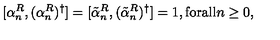
[ \alpha _ { n } ^ { R } , ( \alpha _ { n } ^ { R } ) ^ { \dag } ] = [ \tilde { \alpha } _ { n } ^ { R } , ( \tilde { \alpha } _ { n } ^ { R } ) ^ { \dag } ] = 1 , \mathrm { f o r a l l } n \geq 0 ,